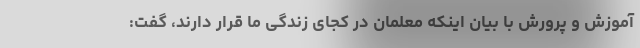
آموزش و پرورش با بیان اینکه معلمان در کجای زندگی ما قرار دارند، گفت: